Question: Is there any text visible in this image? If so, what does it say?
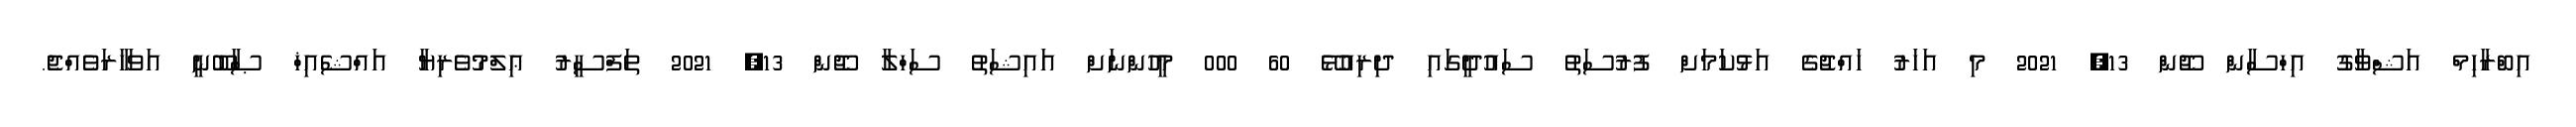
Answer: އިބްރާހިމް އަޝްވާގު އިހްސާން ޖޫން 13, 2021 މި އަހަރު ހައްޖުގެ އަޅުކަމަށް ފުރުސަތު ސައުދީގައި ދިރިއުޅޭ 60 000 މީހުންނަށް އައިޝަތު ސަހްލާ ޖޫން 13, 2021 ތަފްސީރު ޢިލްމުވެރިޔާ އައްޝެއިޚް ޞާބޫނީ އަވަހާރަވެއްޖެ.